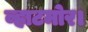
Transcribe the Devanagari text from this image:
व्हाटमोर।